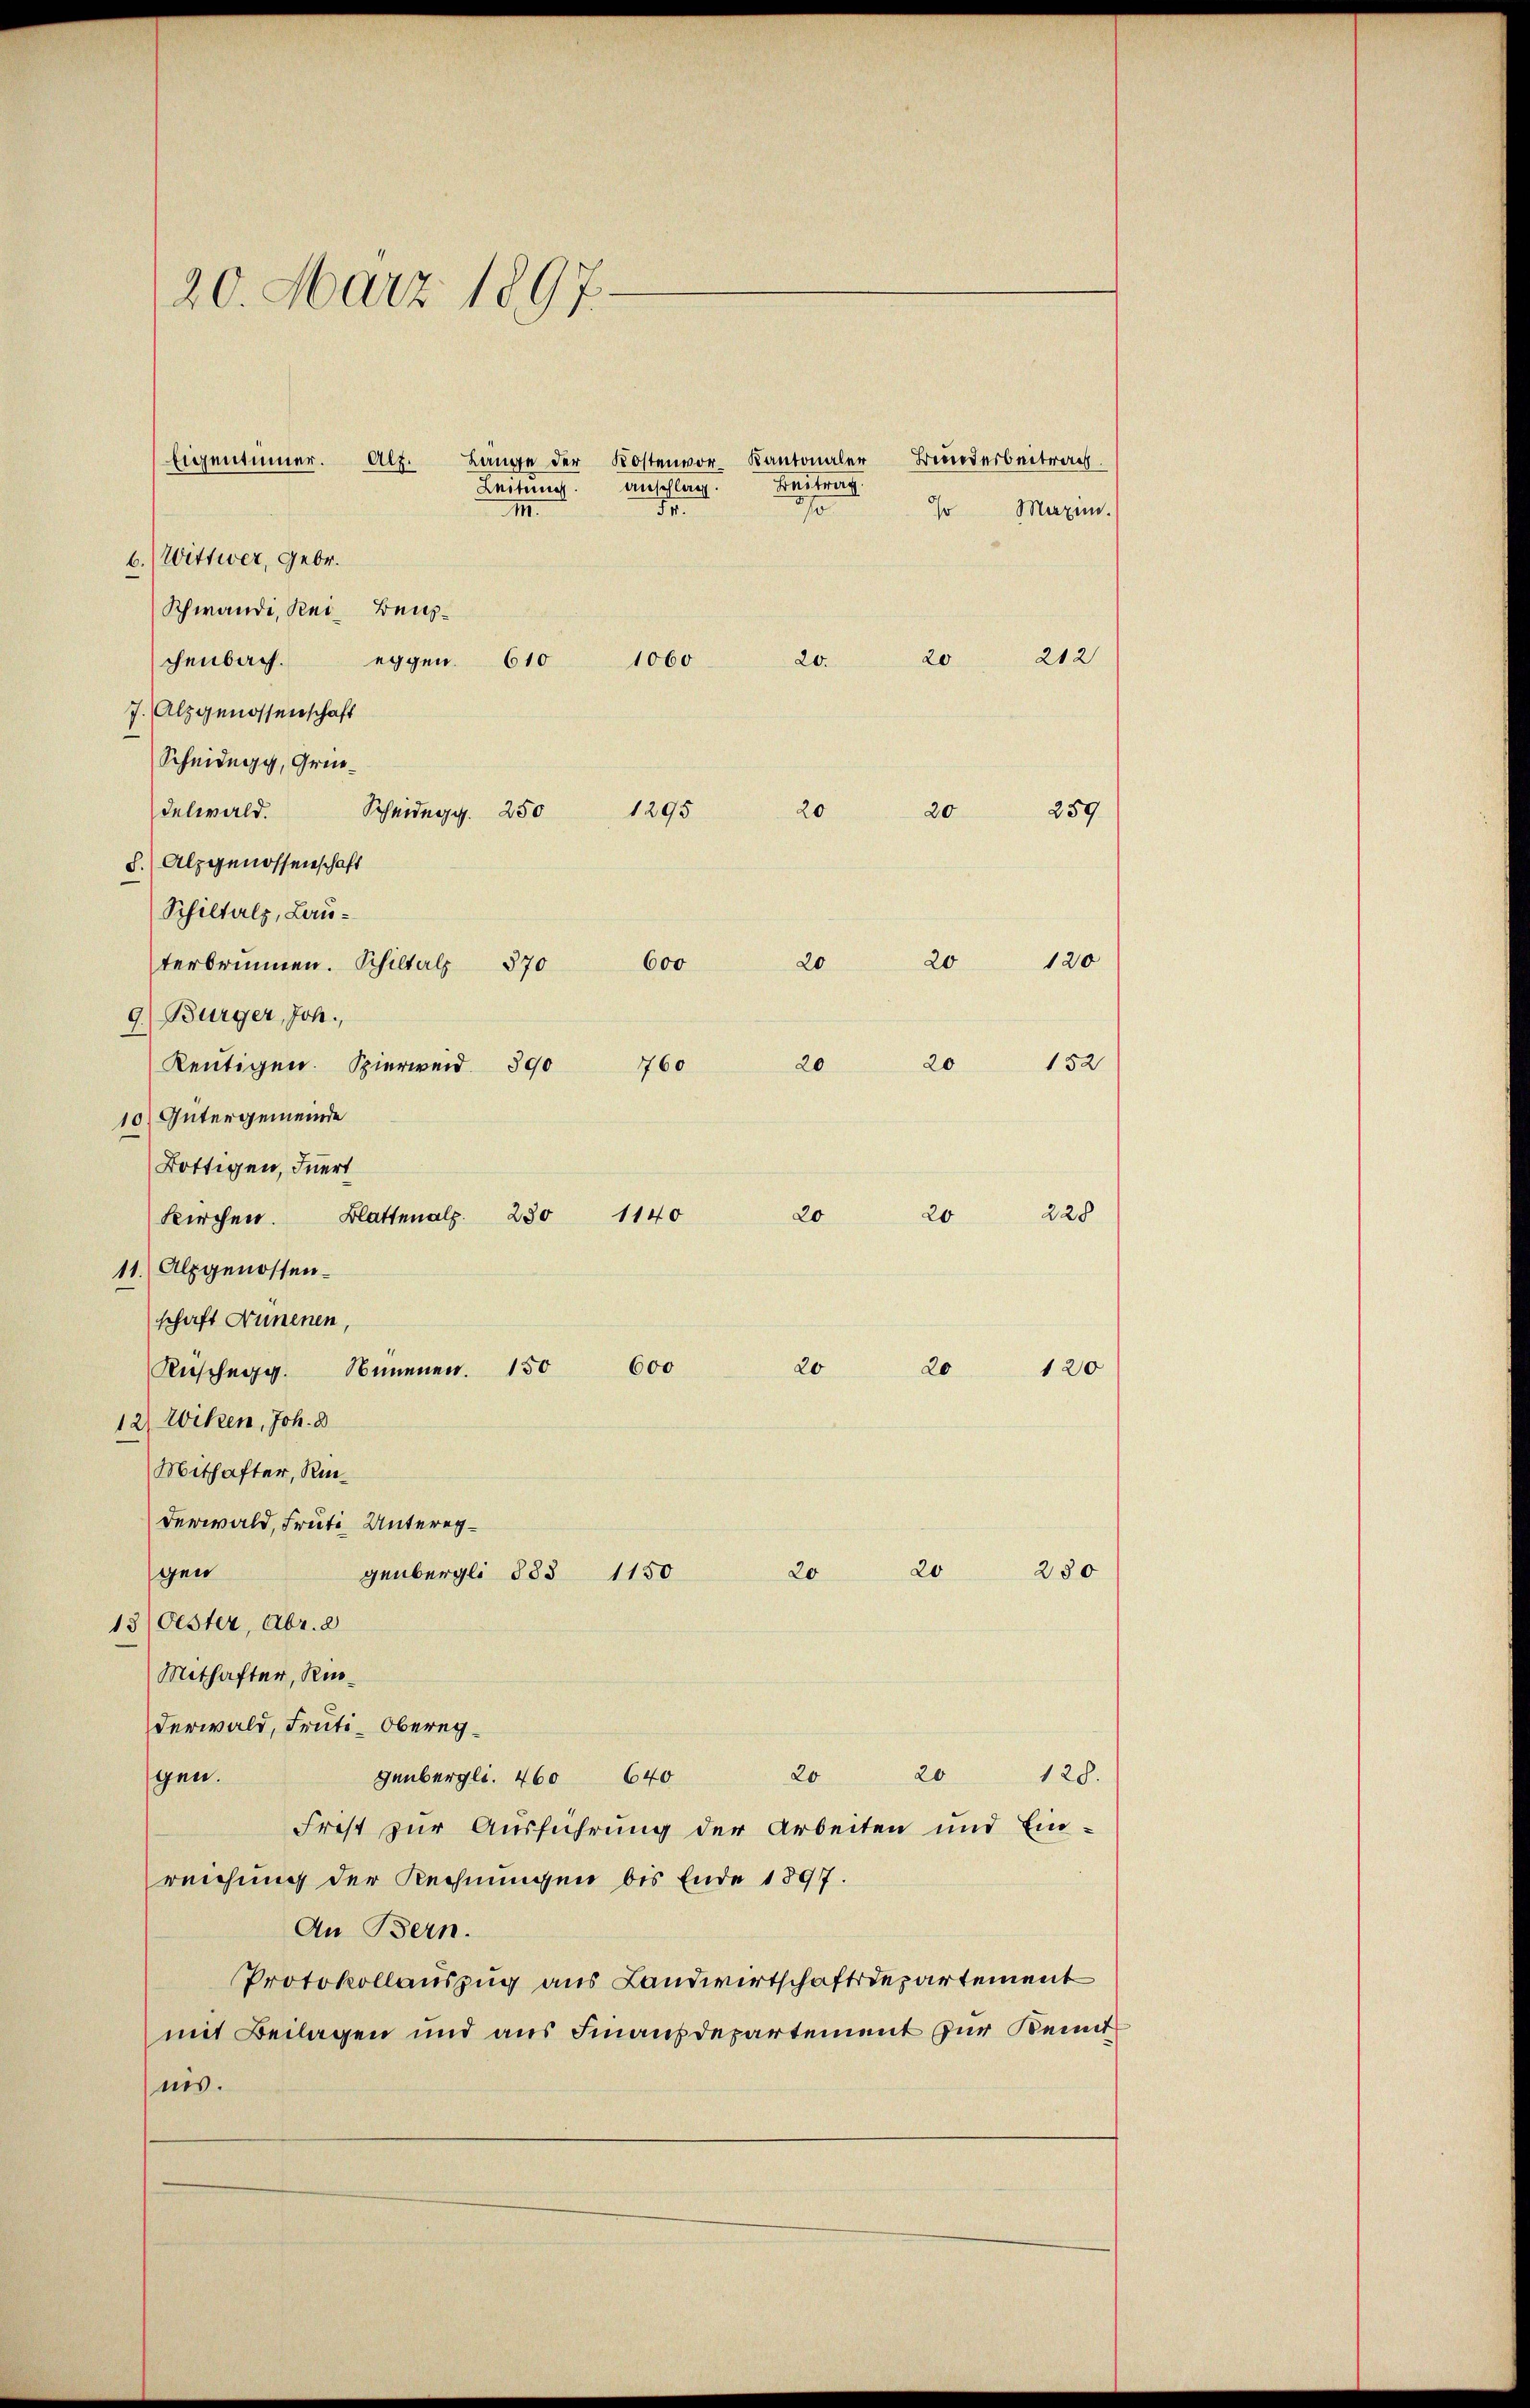
20. März 1897.
Eigentümer. Alf.

b.) Wittwer, Gebr.
Schwande, Rei- Benschenbach.
7. Alzgenossenschaft
Scheidegg, Gründelwald.
S.) Alpgenossenschaft
Schiltals, Lau¬
9.) Bürger, Joh.
10) Gütergemeinde
Bottigen, Innert
11. Alpgenossen.
schaft Nünenen,
12) Willen, Joh. 8
Mithafter, Kinderwald, Fruti Untereggen
genbergli 1883 1150
20 20 250
13(Oester, Abr. a
Mithafter, Rederwald, Fruti-Obereg¬
20
20
gen.
128.
genbergli. 460 640
Frist zur Ausführung der Arbeiten und Ein-
reichung der Rechnungen bis Ende 1897.
An Bern.
Protokollauszug aus Landwirtschaftsdepartement
mit Beilagen und aus Finanzdepartement zur Kennt
nis.

Länge der Kostenvor Kantonaler Bunderbeitrach
Leitung. Anschlag. Beitrag
3.
III.

Scheidegg. 250 1295 20 20 259
terbrunnen. Schiltal 870 600 20 20 120
Reŭtigen. Spierweid 390 760 20 20 152
kirchen Blattenalp. 230 1140 20 20 228
Rüschen. Sinnen. 150 600 20 20 120

eggen. 610 1060 20. 20 212

so Maxim.